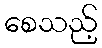
စေသည့်